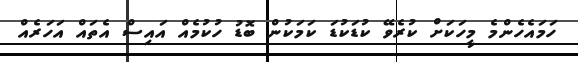
ހަމައެހެންމެ މީހަކަށް ކުރެވޭ ކުޑަކުޑަ ކަމަކުން ބޮޑު ހުކުމެއް އައިސް އެތައް އަހަރެއް